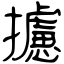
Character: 攄